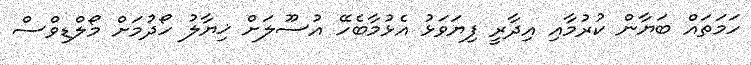
ހަމަތައް ބަޔާން ކުރުމާއި އިދާރީ ފިޔަވަޅު އެޅުމާބެހޭ އުސޫލަށް ޚިޔާލު ހޯދުމަށް މޯލްޑިވްސް